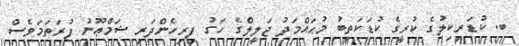
ބ. ކުޑަރިކިލުގެ ކުރީގެ ކުޑަކަތީބު މުޙައްމަދު ޖަލީލްގެ ހަގު ފިރިހެންދަރި ޝަމްޢޫނު ފުރަތަމަވެސް